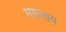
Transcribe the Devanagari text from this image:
मसलाय